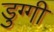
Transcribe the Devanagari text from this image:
डुग्गी